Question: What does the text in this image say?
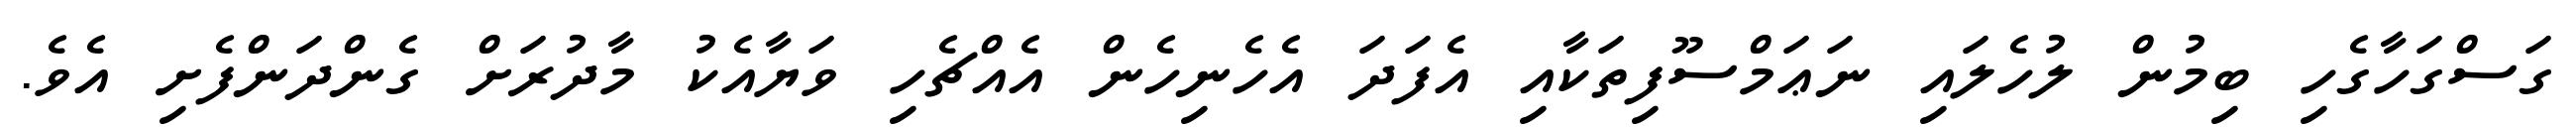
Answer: ގަސްގަހާގެހި ބިމުން ލުހެލައި ނަޢަމްސޫފިތަކާއި އެފަދަ އެހެނިހެން އެއްޗެހި ވަޔާއެކު މާދުރަށް ގެންދަންފެށި އެވެ.